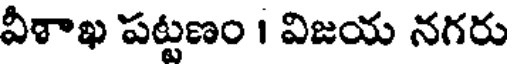
వీశాఖ పట్టణం । విజయ నగరు